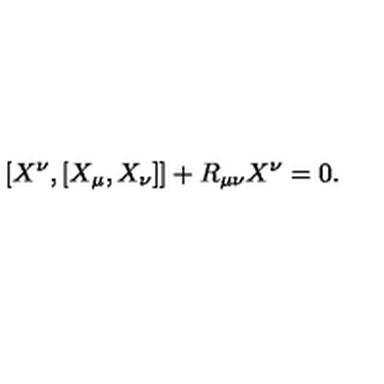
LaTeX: [ X ^ { \nu } , [ X _ { \mu } , X _ { \nu } ] ] + R _ { \mu \nu } X ^ { \nu } = 0 .